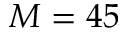
M = 4 5